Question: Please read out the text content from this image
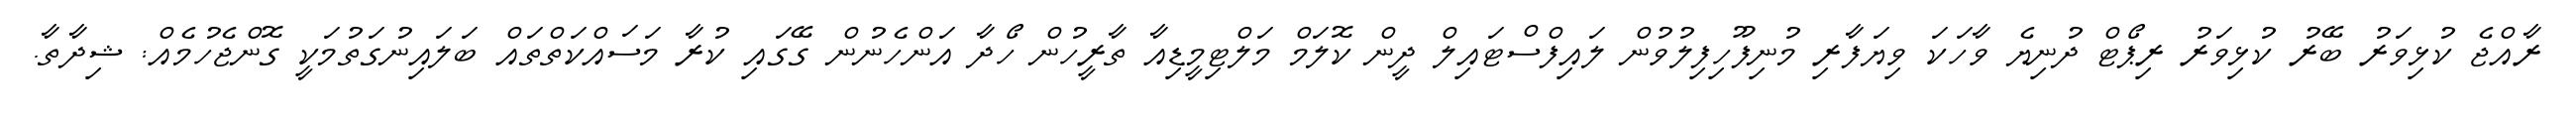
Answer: ރާއްޖެ ކުޅިވަރު ބޭރު ކުޅިވަރު ރިޕޯޓް ދުނިޔެ ވާހަކަ ވިޔަފާރި މުނިފޫހިފިލުވުން ލައިފްސްޓައިލް ދީން ކޮލަމް މަލްޓިމީޑިއާ ތާރީހުން ހޯދާ އަންހެނުން ގޭގައި ކުރާ މަސައްކަތްތައް ބަލައިނުގަތުމަކީ ގޮންޖެހުމެއް: ޝިދާތާ.